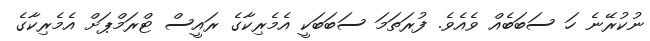
ނުކުރޭނެ ހަ ސަބަބެއް ވެއެވެ. ފުރަތަމަ ސަބަބަކީ އެމެރިކާގެ ރައީސް ޓްރަމްޕަށް އެމެރިކާގެ